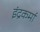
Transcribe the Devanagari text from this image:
इंद्रकर्मा